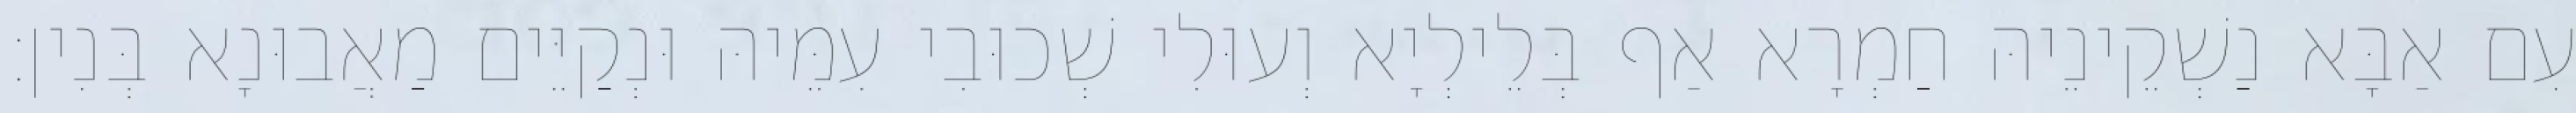
עִם אַבָּא נַשְׁקֵינֵיהּ חַמְרָא אַף בְּלֵילְיָא וְעוּלִי שְׁכוּבִי עִמֵּיהּ וּנְקַיֵּים מַאֲבוּנָא בְּנִין׃